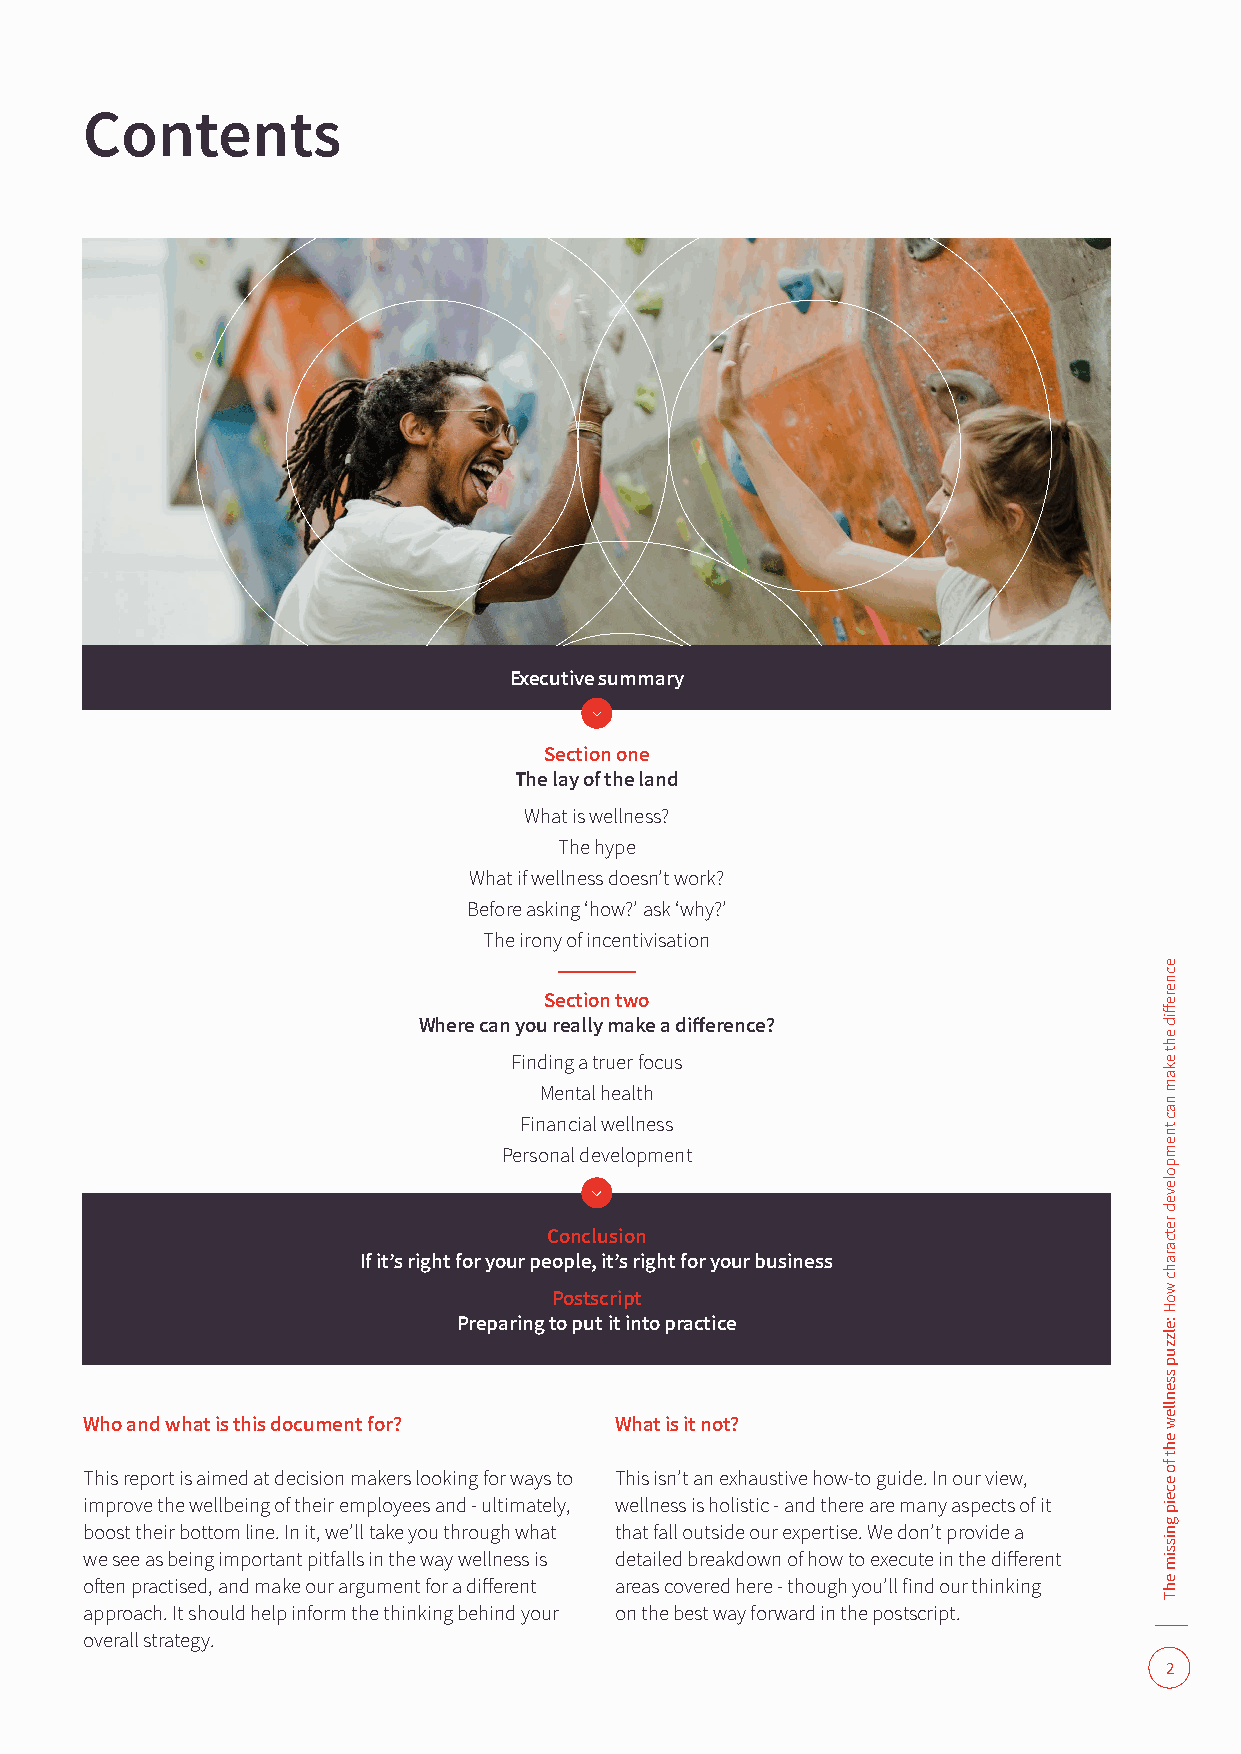
Contents
 Executive summary
 Section one
 The lay of the land
 What is wellness?
 The hype
 What if wellness doesn’t work?
 Before asking ‘how?’ ask ‘why?’
 The irony of incentivisation
 Section two
 Where can you really make a difference?
 Finding a truer focus
 Mental health
 Financial wellness
 Personal development
 Conclusion
 If it’s right for your people, it’s right for your business
 Postscript
 Preparing to put it into practice
 Who and what is this document for? What is it not?
 This report is aimed at decision makers looking for ways to This isn’t an exhaustive how-to guide. In our view,
 improve the wellbeing of their employees and - ultimately, wellness is holistic - and there are many aspects of it
 boost their bottom line. In it, we’ll take you through what that fall outside our expertise. We don’t provide a
 we see as being important pitfalls in the way wellness is detailed breakdown of how to execute in the different
 often practised, and make our argument for a different areas covered here - though you’ll find our thinking
 approach. It should help inform the thinking behind your on the best way forward in the postscript.
 overall strategy.
 2
 ecnereffid
 eht
 ekam
 nac
 tnempoleved
 retcarahc
 woH
 :elzzup
 ssenllew
 eht
 fo
 eceip
 gnissim
 ehT